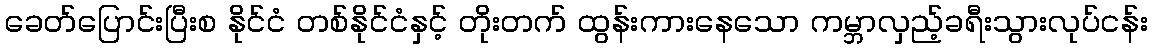
ခေတ်ပြောင်းပြီးစ နိုင်ငံ တစ်နိုင်ငံနှင့် တိုးတက် ထွန်းကားနေသော ကမ္ဘာလှည့်ခရီးသွားလုပ်ငန်း